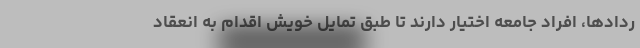
ردادها، افراد جامعه اختیار دارند تا طبق تمایل خویش اقدام به انعقاد